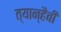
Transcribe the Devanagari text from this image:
त्यान्हैबी